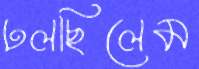
ঢলছিলেম